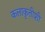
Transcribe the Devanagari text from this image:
कलाकृतीशी